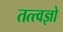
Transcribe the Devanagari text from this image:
तत्त्वज्ञो